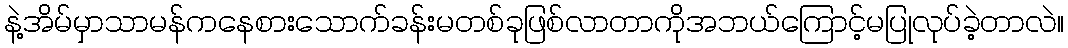
နဲ့အိမ်မှာသာမန်ကနေစားသောက်ခန်းမတစ်ခုဖြစ်လာတာကိုအဘယ်ကြောင့်မပြုလုပ်ခဲ့တာလဲ။